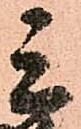
三